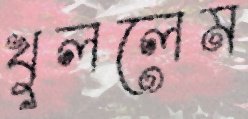
খুললেম